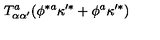
T _ { \alpha \alpha ^ { \prime } } ^ { a } ( \phi ^ { * a } \kappa ^ { \prime * } + \phi ^ { a } \kappa ^ { \prime * } )